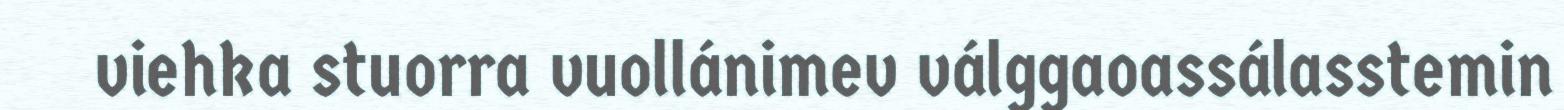
viehka stuorra vuollánimev válggaoassálasstemin